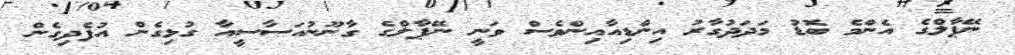
ނޭޕާލްގެ އެންމެ ބޮޑު މަދަދުގާރު އިންޑިއާއިންވެސް ވަނީ ނޭޕާލްގެ ގާނޫނުއަސާސީއާ ގުޅިގެން އުފެދިގެން